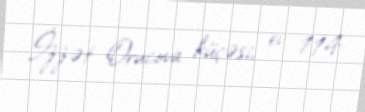
İzzət Orucova küçəsi, ev 114